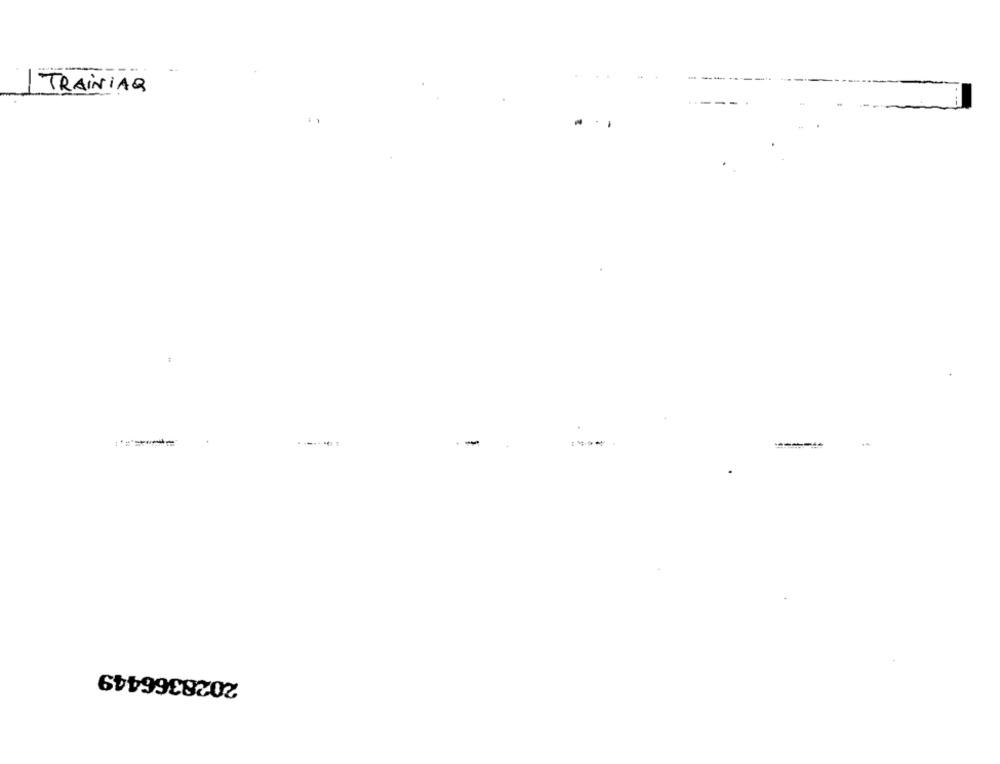
TRAINIAQ
2028366449